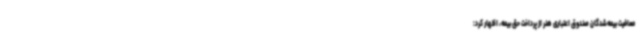
معافیت بیمه‌شدگان صندوق اعتباری هنر از پرداخت حق بیمه، اظهار کرد: